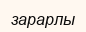
зарарлы